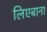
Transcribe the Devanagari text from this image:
लिएबाना